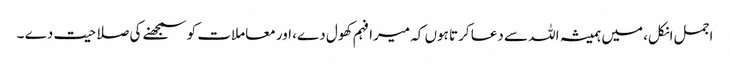
اجمل انکل، میں ہمیشہ اللہ سے دعا کرتا ہوں کہ میرا فہم کھول دے، اور معاملات کو سمجھنے کی صلاحیت دے ۔